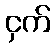
ငှက်